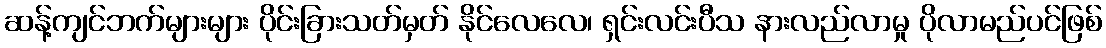
ဆန့်ကျင်ဘက်များများ ပိုင်းခြားသတ်မှတ် နိုင်လေလေ၊ ရှင်းလင်းပီသ နားလည်လာမှု ပိုလာမည်ပင်ဖြစ်